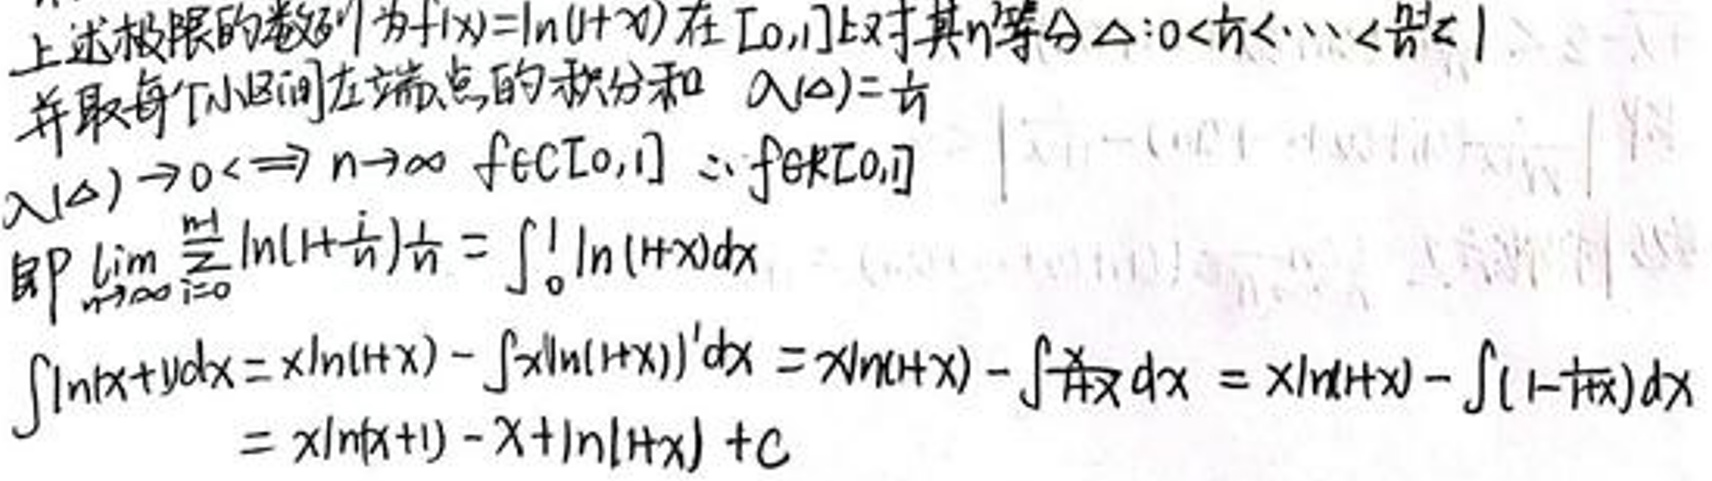
 上述极限的函数为\(f(x)=\ln(1+x)\)在[0,1]上其n等分\(\Delta x_{i}=\frac{1}{n}(i=0,1,\cdots,n)\)并取每个小区间在端点的积分和\(\lambda(\Delta)=\frac{1}{n}\)\\
\(\lambda(\Delta)>0\Rightarrow n\rightarrow\infty,f\in C[0,1]\Rightarrow f\in R[0,1]\)\\
即\(\lim_{n\rightarrow\infty}\frac{1}{n}\sum_{i = 1}^{n}\ln\left(1+\frac{i}{n}\right)=\int_{0}^{1}\ln(1 + x)dx\)\\
\(\int\ln(1+x)dx=x\ln(1+x)-\int x\ln(1 + x)'dx=x\ln(1+x)-\int\frac{x}{1+x}dx\)\\
\(=x\ln(1+x)-\int\frac{x + 1 - 1}{1+x}dx=x\ln(1+x)-\int\left(1-\frac{1}{1+x}\right)dx\)\\
\(=x\ln(1+x)-x+\ln(1+x)+C\)